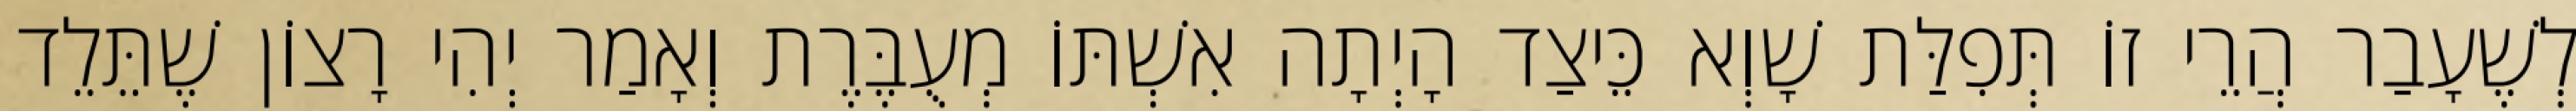
לְשֶׁעָבַר הֲרֵי זוֹ תְּפִלַּת שָׁוְא כֵּיצַד הָיְתָה אִשְׁתּוֹ מְעֻבֶּרֶת וְאָמַר יְהִי רָצוֹן שֶׁתֵּלֵד